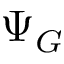
\Psi _ { G }